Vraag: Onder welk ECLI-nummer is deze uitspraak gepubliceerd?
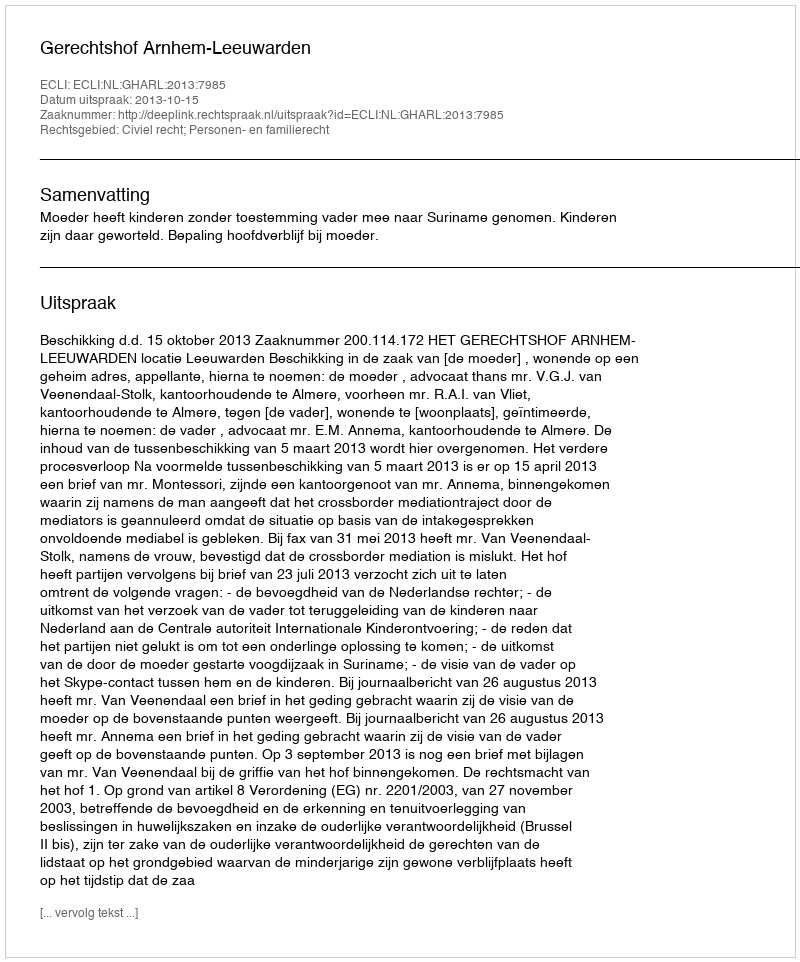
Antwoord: ECLI:NL:GHARL:2013:7985